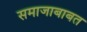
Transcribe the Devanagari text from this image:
समाजाबाबत